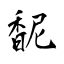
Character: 馜